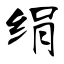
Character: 绢